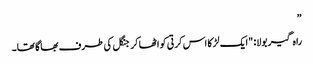
”
راہ گیر بولا: "ایک لڑکا اس کرتی کو اٹھا کر جنگل کی طرف بھاگا تھا۔